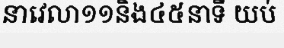
នាវេលា១១និង៤៥នាទី យប់